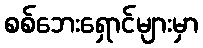
စစ်ဘေးရှောင်များမှာ